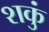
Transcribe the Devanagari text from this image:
शकुं